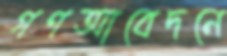
গণআবেদনে